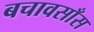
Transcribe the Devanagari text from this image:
बचावसाँस